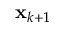
\mathbf { x } _ { k + 1 }